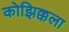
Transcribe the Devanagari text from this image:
कोझिक्कला